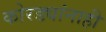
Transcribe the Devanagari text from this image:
कोरड्यांनाही